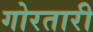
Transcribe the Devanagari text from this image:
गोरतारी